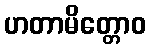
ဟတာမိတ္တောဝ